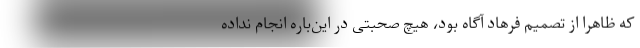
که ظاهرا از تصمیم فرهاد آگاه بود، هیچ صحبتی در این‌باره انجام نداده